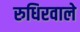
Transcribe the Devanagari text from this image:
रुधिरवाले